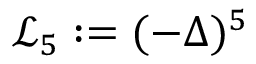
\mathcal { L } _ { 5 } : = ( - \Delta ) ^ { 5 }